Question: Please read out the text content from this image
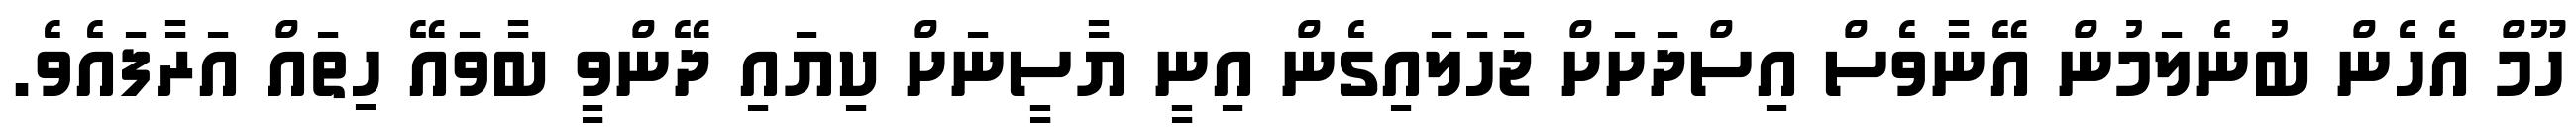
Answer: ހޫމް އެހެން ބުނެލަމުން އޭނާވެސް އިސްދަށަށް ޖަހަލައިގެން އިނީ ޔާސީނަށް ކިޔައި ދޭންވީ ބާވައޭ ހިތައް އަރާފައެވެ.